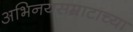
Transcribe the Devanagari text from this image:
अभिनयसम्राटाच्या